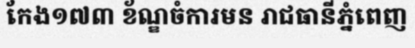
កែង១៧៣ ខ័ណ្ឌចំការមន រាជធានីភ្នំពេញ